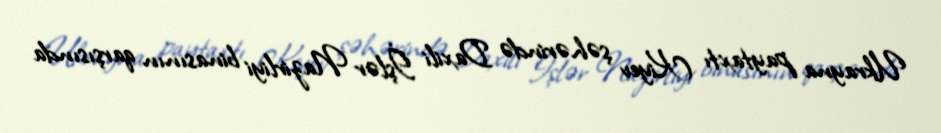
Ukrayna paytaxtı Kiyev şəhərində Daxili İşlər Nazirliyi binasının qarşısında